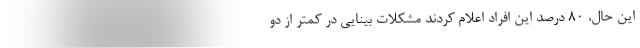
این حال، ۸۰ درصد این افراد اعلام کردند مشکلات بینایی در کمتر از دو